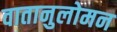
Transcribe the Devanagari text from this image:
वातानुलोमन